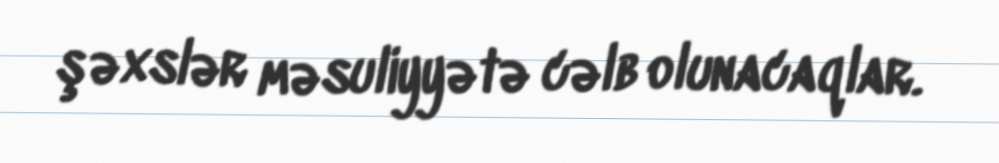
şəxslər məsuliyyətə cəlb olunacaqlar.